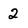
Character: 2